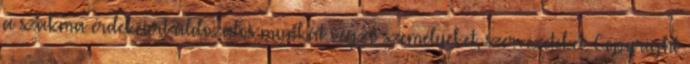
a szakma érdekeiért áldozatos munkát végző személyeket, szervezeteket. Copyright